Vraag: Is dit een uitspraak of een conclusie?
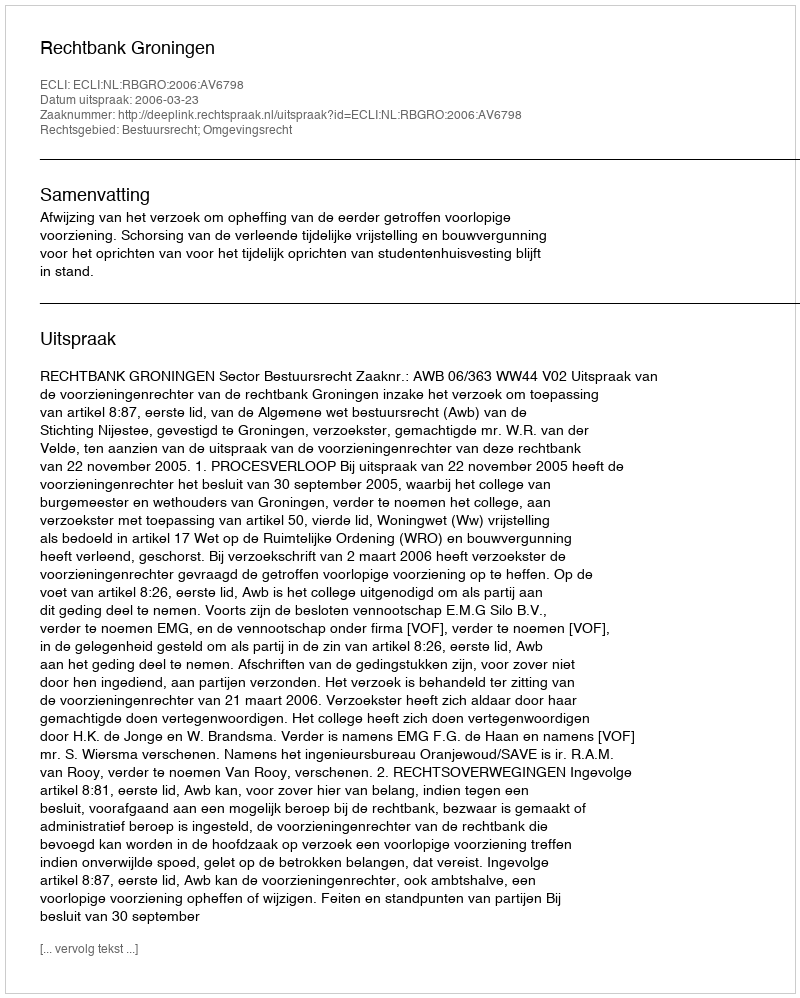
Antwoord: Uitspraak